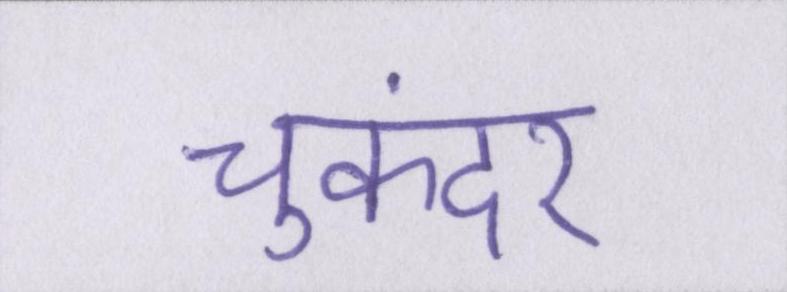
चुकंदर